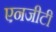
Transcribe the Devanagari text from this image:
एनजीटी